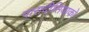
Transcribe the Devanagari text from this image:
पारादीसियाको